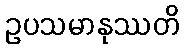
ဥပသမာနုဿတိ